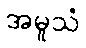
အမူသံ